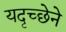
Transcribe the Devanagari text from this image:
यदृच्छेने